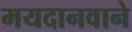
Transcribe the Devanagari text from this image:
मयदानवाने